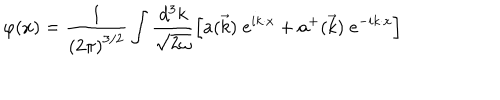
\varphi ( x ) = \frac { 1 } { \left( 2 \pi \right) ^ { 3 / 2 } } \int \frac { d ^ { 3 } k } { \sqrt { 2 \omega } } \left[ a ( \vec { k } ) \; e ^ { i k \cdot x } + a ^ { + } ( \vec { k } ) \; e ^ { - i k \cdot x } \right]